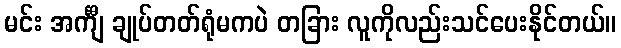
မင်း အင်္ကျီ ချုပ်တတ်ရုံမကပဲ တခြား လူကိုလည်းသင်ပေးနိုင်တယ်။